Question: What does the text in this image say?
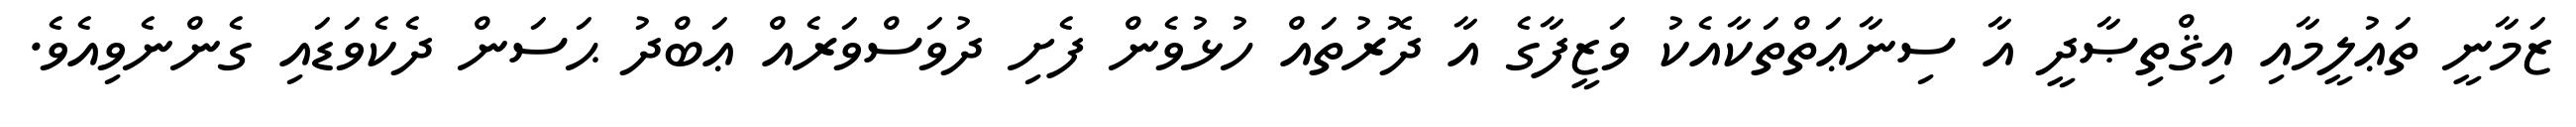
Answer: ޒަމާނީ ތަޢުލީމާއި އިޤްތިޞާދީ އާ ސިނާޢަތްތަކާއެކު ވަޒީފާގެ އާ ދޮރުތައް ހުޅުވެން ފެށި ދުވަސްވަރެއް ޢަބްދު ޙަސަން ދެކެވަޑައި ގެންނެވިއެވެ.